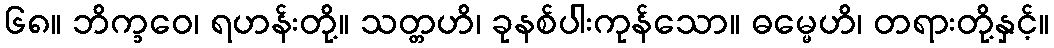
၆၈။ ဘိက္ခဝေ၊ ရဟန်းတို့။ သတ္တဟိ၊ ခုနစ်ပါးကုန်သော။ ဓမ္မေဟိ၊ တရားတို့နှင့်။